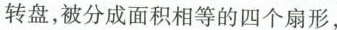
转盘，被分成面积相等的四个扇形，